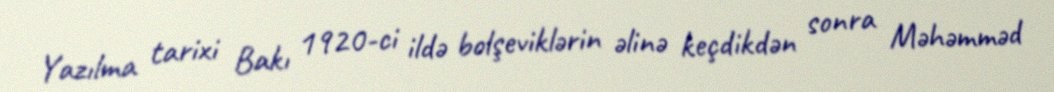
Yazılma tarixi Bakı 1920-ci ildə bolşeviklərin əlinə keçdikdən sonra Məhəmməd